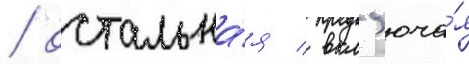
/ остальна́я / вкл'юча́я